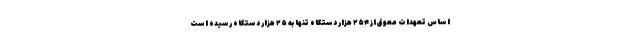
اساس تعهدات معوق از ۲۵۴ هزار دستگاه تنها به ۲۵ هزار دستگاه رسيده است